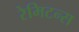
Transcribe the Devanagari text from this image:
रेमिटन्स